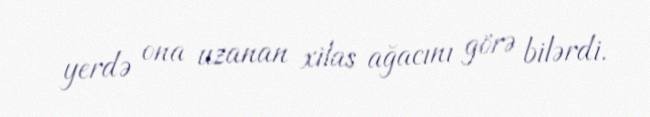
yerdə ona uzanan xilas ağacını görə bilərdi.